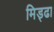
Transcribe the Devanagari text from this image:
मिड्ढा